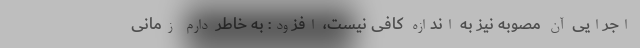
اجرایی آن مصوبه نیز به اندازه کافی نیست، افزود: به خاطر دارم زمانی